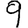
Digit: 9